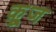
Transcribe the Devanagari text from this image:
क़्रूज